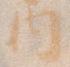
内